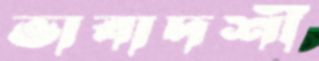
ভাবাদর্শী